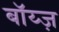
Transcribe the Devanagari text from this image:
बॉय्ज़